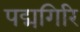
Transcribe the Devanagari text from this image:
पद्मगिरि